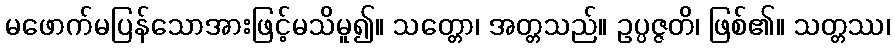
မဖောက်မပြန်သောအားဖြင့်မသိမူ၍။ သတ္တော၊ အတ္တသည်။ ဥပ္ပဇ္ဇတိ၊ ဖြစ်၏။ သတ္တဿ၊